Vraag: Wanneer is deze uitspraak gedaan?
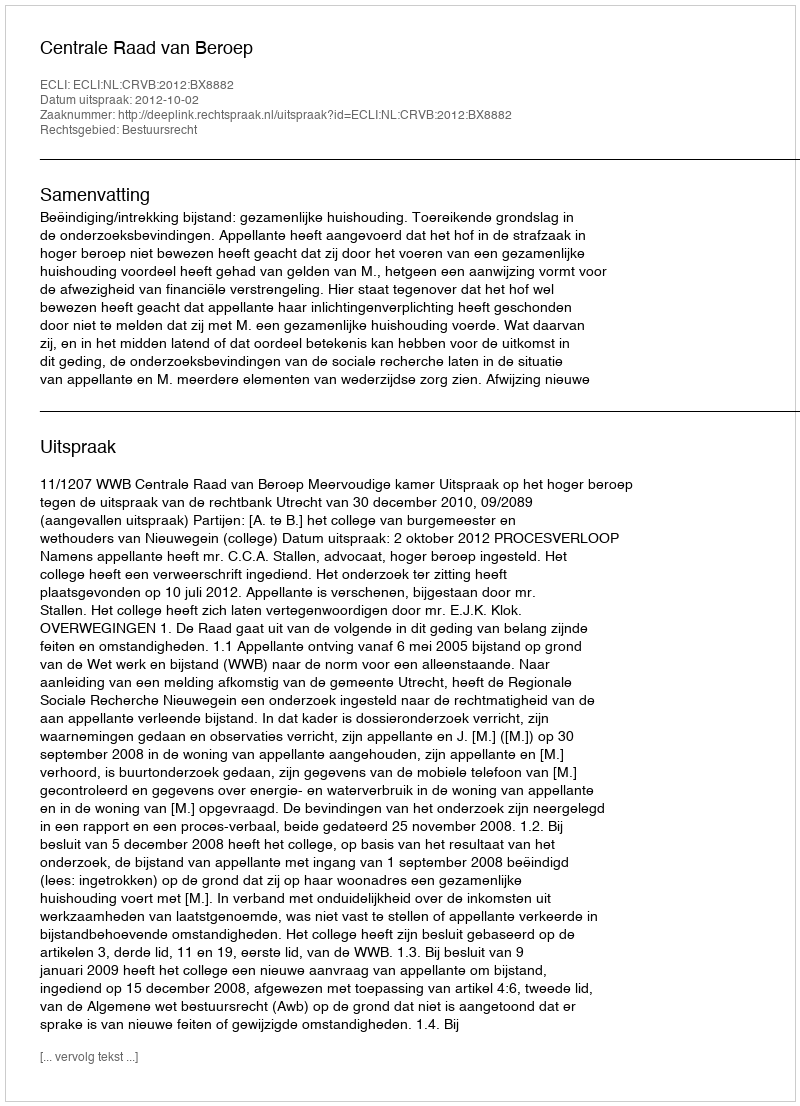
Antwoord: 2012-10-02